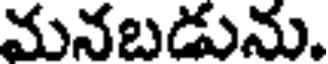
మనబడును.